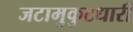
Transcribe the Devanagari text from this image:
जटामुकुटधारी